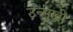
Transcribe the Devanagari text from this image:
उन्‍मुखी